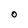
Character: O